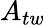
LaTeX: A_{tw}